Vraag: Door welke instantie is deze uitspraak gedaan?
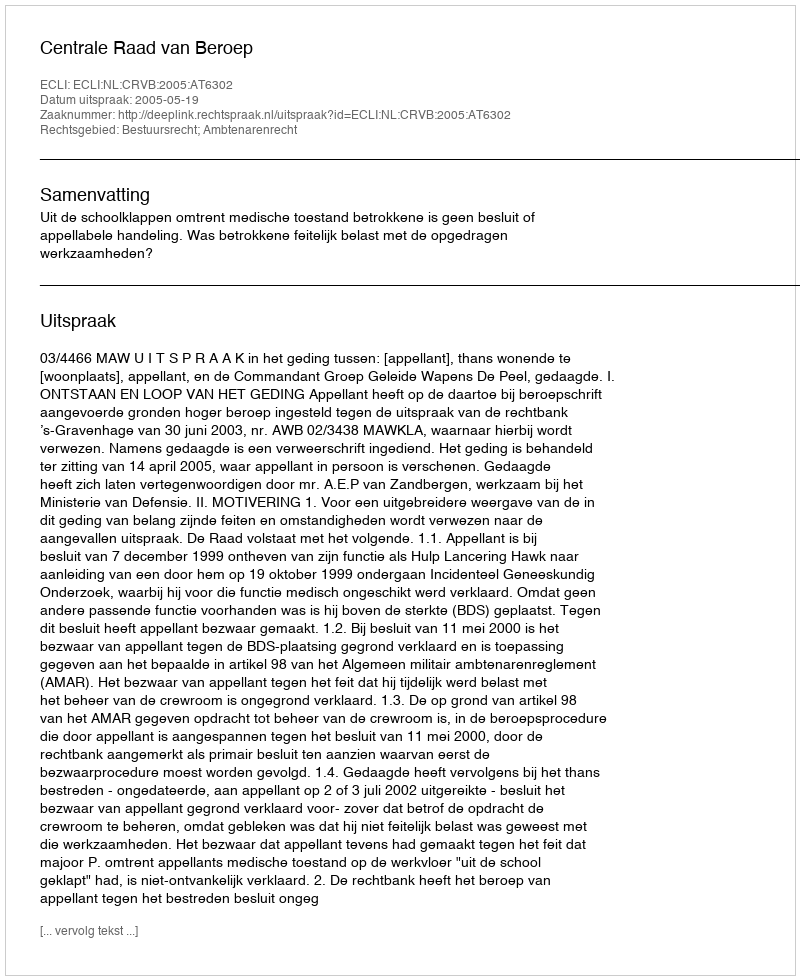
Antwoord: Centrale Raad van Beroep